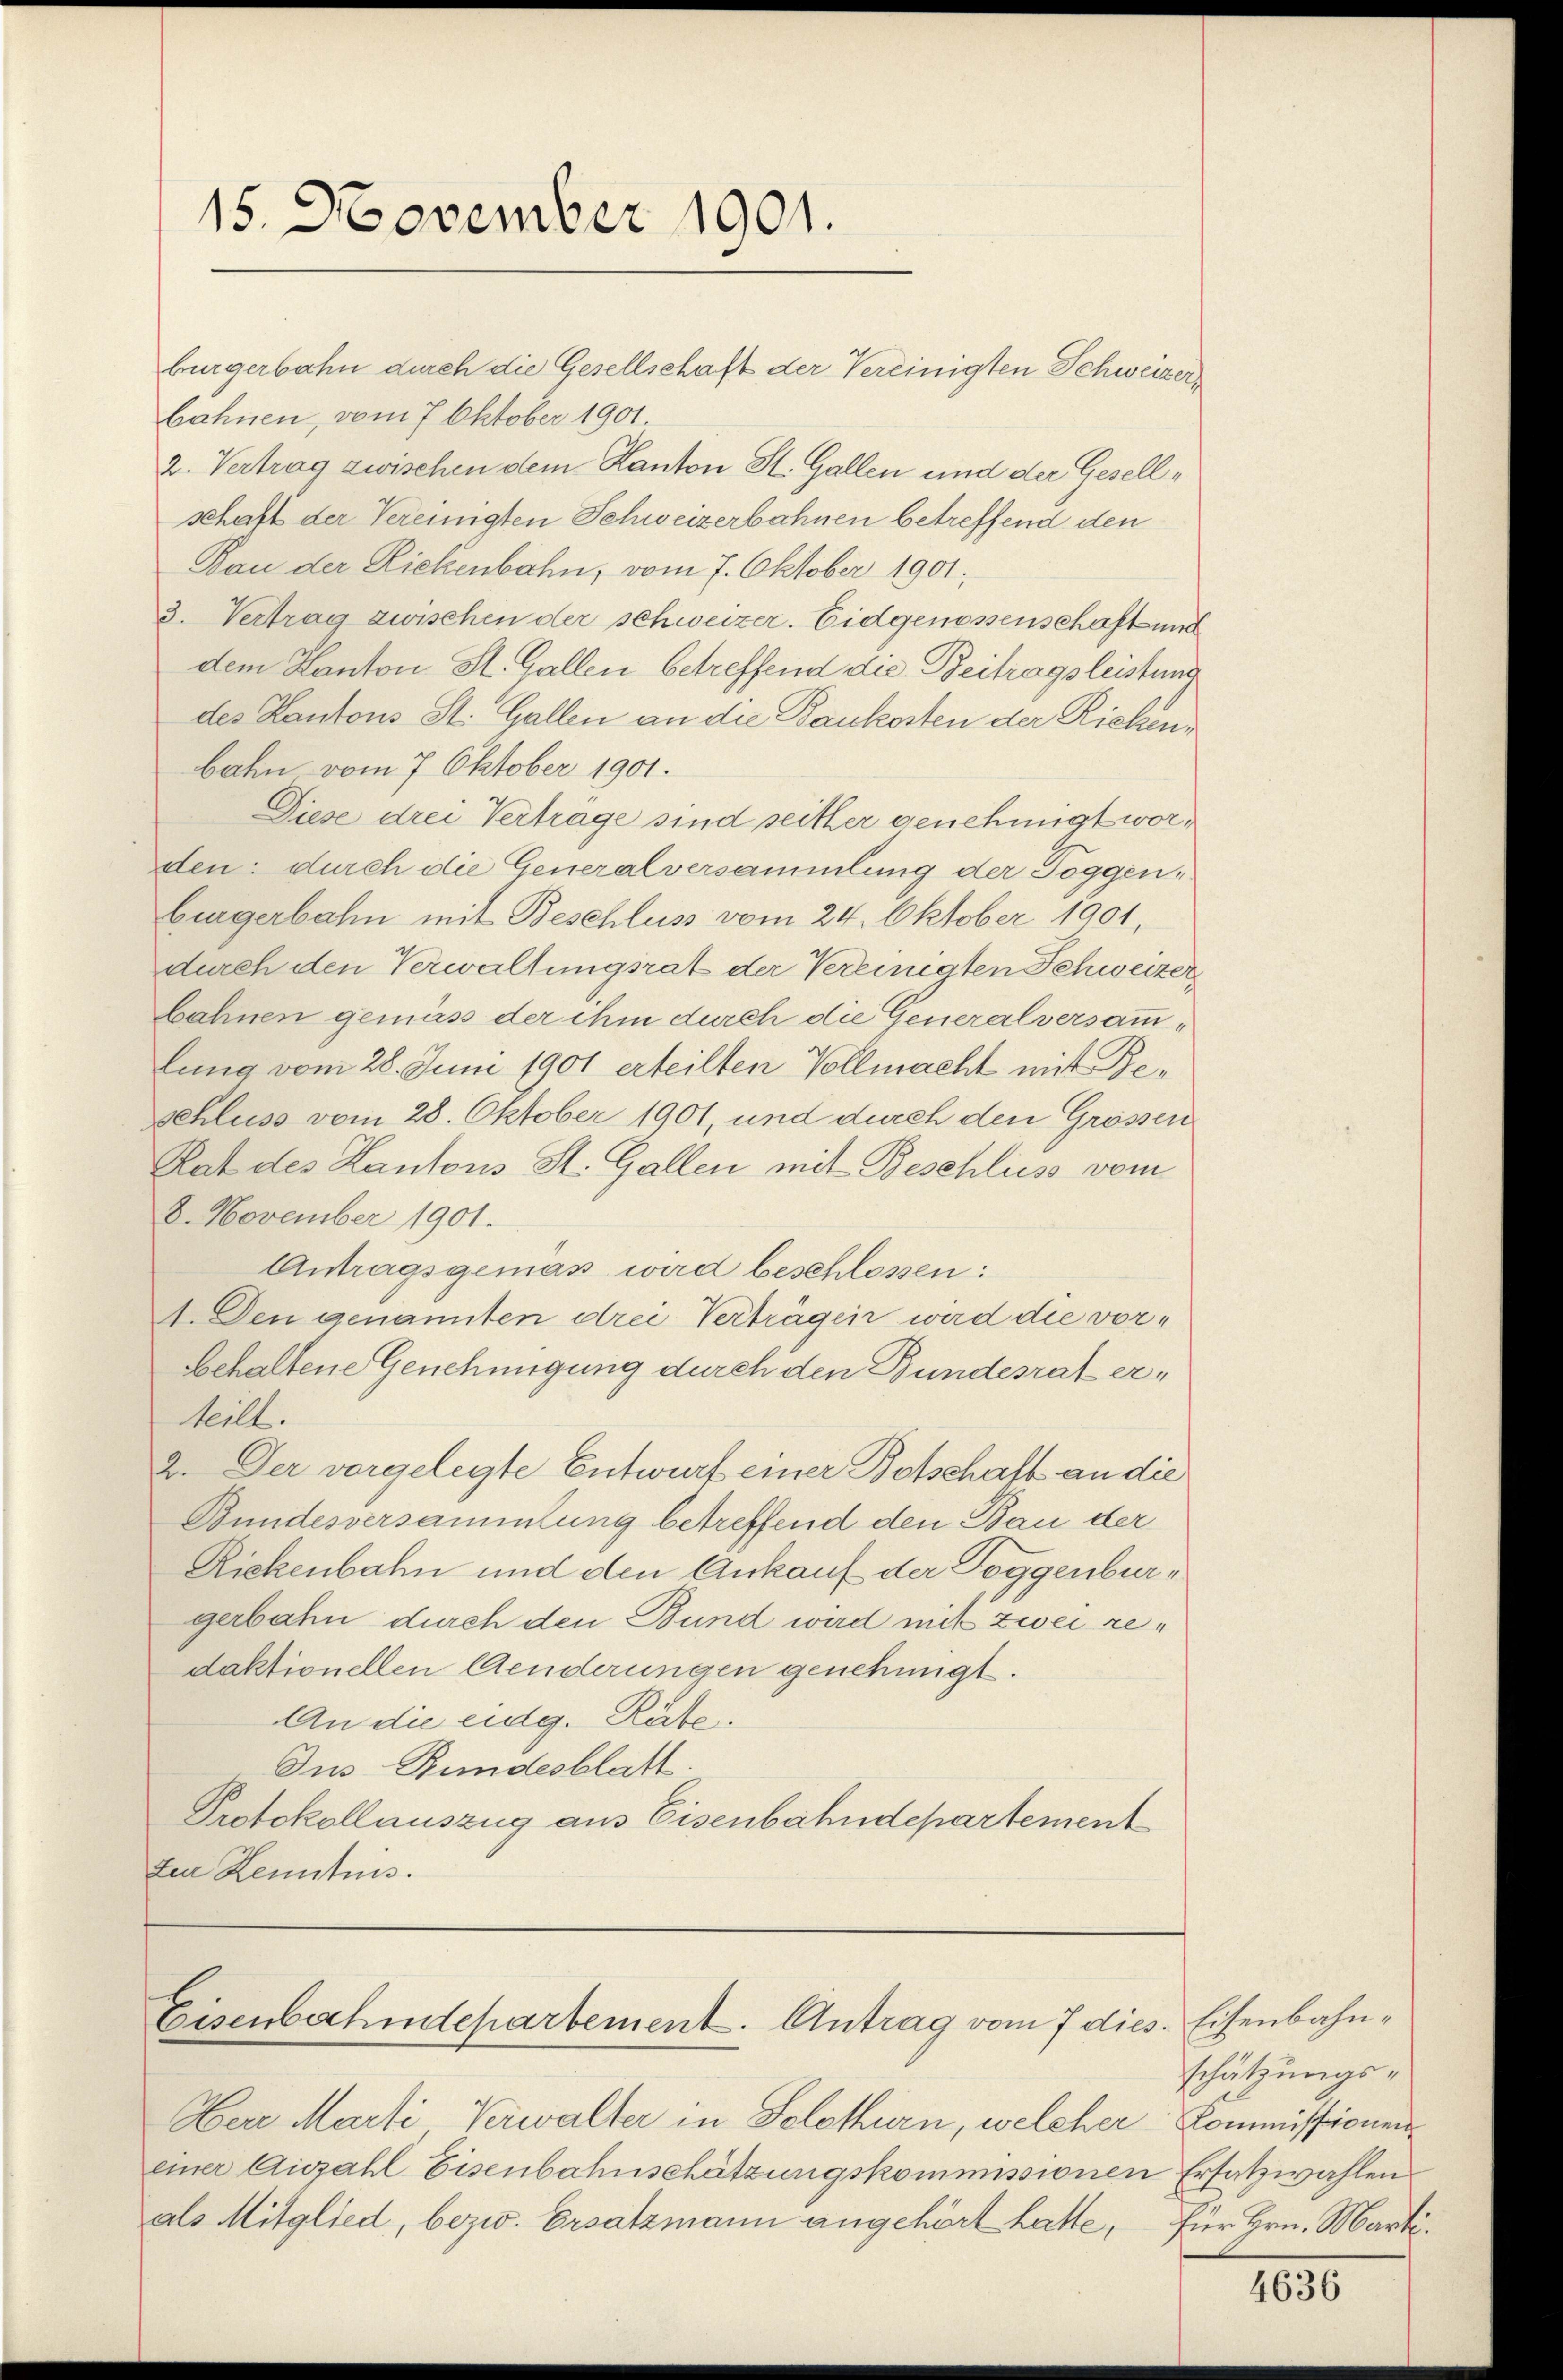
15. November 1901.

bürgerbahn durch die Gesellschaft der Vereinigten Schweizerbahnen, vom 7. Oktober 1901
2. Vertrag zwischen dem Kanton St. Gallen und der Gesellschaft der Vereinigten Schweizerbahnen betreffend den
Kan der Rickenbahn, vom 7. Oktober 1901.
3. Vertrag zwischen der schweizer. Eidgenossenschaft und
dem Kanton St. Gallen betreffend die Beitragsleistung
des Kantons St. Gallen an die Baukosten der Rickenbahn vom 7. Oktober 1901.
Diese drei Vertrage sind seither genehmigt worden: durch die Generalversammlung der Toggenbürgerbahn mit Beschluss vom 24. Oktober 1901,
durch den Verwaltungsrat der Vereinigten Schweizerbahnen gemäss der ihm durch die Generalversammlung vom 28. Juni 1901 erteilten Vollmacht mit Beschluss vom 28. Oktober 1901, und durch den Grössen
Rat des Kantons St. Gallen mit Beschluss vom
8. November 1901.
Antragsgemäss wird beschlossen:
1. Den genanten drei Verträgen wird die vorbehaltene Genehmigung durch den Bundesrat erteilt.
2. Der vorgelegte Entwurf einer Botschaft an die
Bundesversammlung betreffend den Bau der
Rickenbahn und den Ankauf der Toggenburgerbahn durch den Bund wird mit zwei redaktionellen Aenderungen genehmigt.
An die eidg. Räte.
Ius Bundesblatt.
Protokollauszug aus Eisenbahndepartement
ten Kenntnis.

Eisenbahndepartement. Antrag vom 7 dies. Eisenbahn¬

Herr Marti Verwalter in Solothurn, welcher
einer Auszahl Eisenbahnschätzungskommissionen
als Mitglied, bezw. Ersatzmann angehört hatte,

schätzungs-
Kommissionen
 Ersatzwahlen
Für Hrn. Marti.

4636